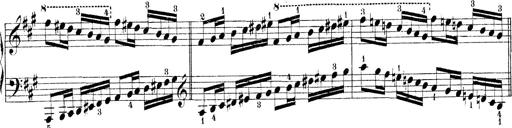
Title: Technische Studien
Composer: Franz Liszt